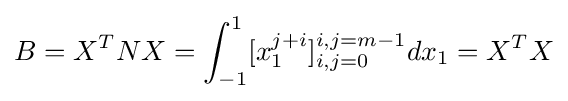
B=X^{T}NX=\int _{-1}^{1}[x_{1}^{j+i}]_{i,j=0}^{i,j=m-1}dx_{1}=X^{T}X